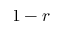
1 - r